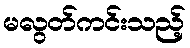
မလွတ်ကင်းသည့်